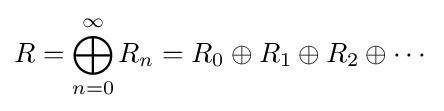
R=\bigoplus _{n=0}^{\infty }R_{n}=R_{0}\oplus R_{1}\oplus R_{2}\oplus \cdots